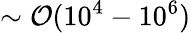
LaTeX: \sim\mathcal{O}(10^{4}-10^{6})